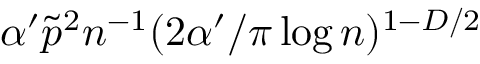
\alpha ^ { \prime } \tilde { p } ^ { 2 } n ^ { - 1 } ( 2 \alpha ^ { \prime } / \pi \log n ) ^ { 1 - D / 2 }